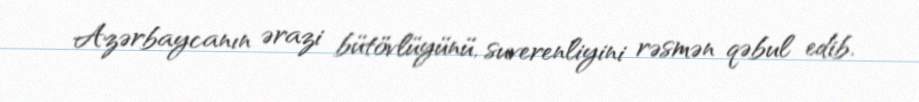
Azərbaycanın ərazi bütövlüyünü, suverenliyini rəsmən qəbul edib.